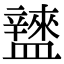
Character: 𥃌